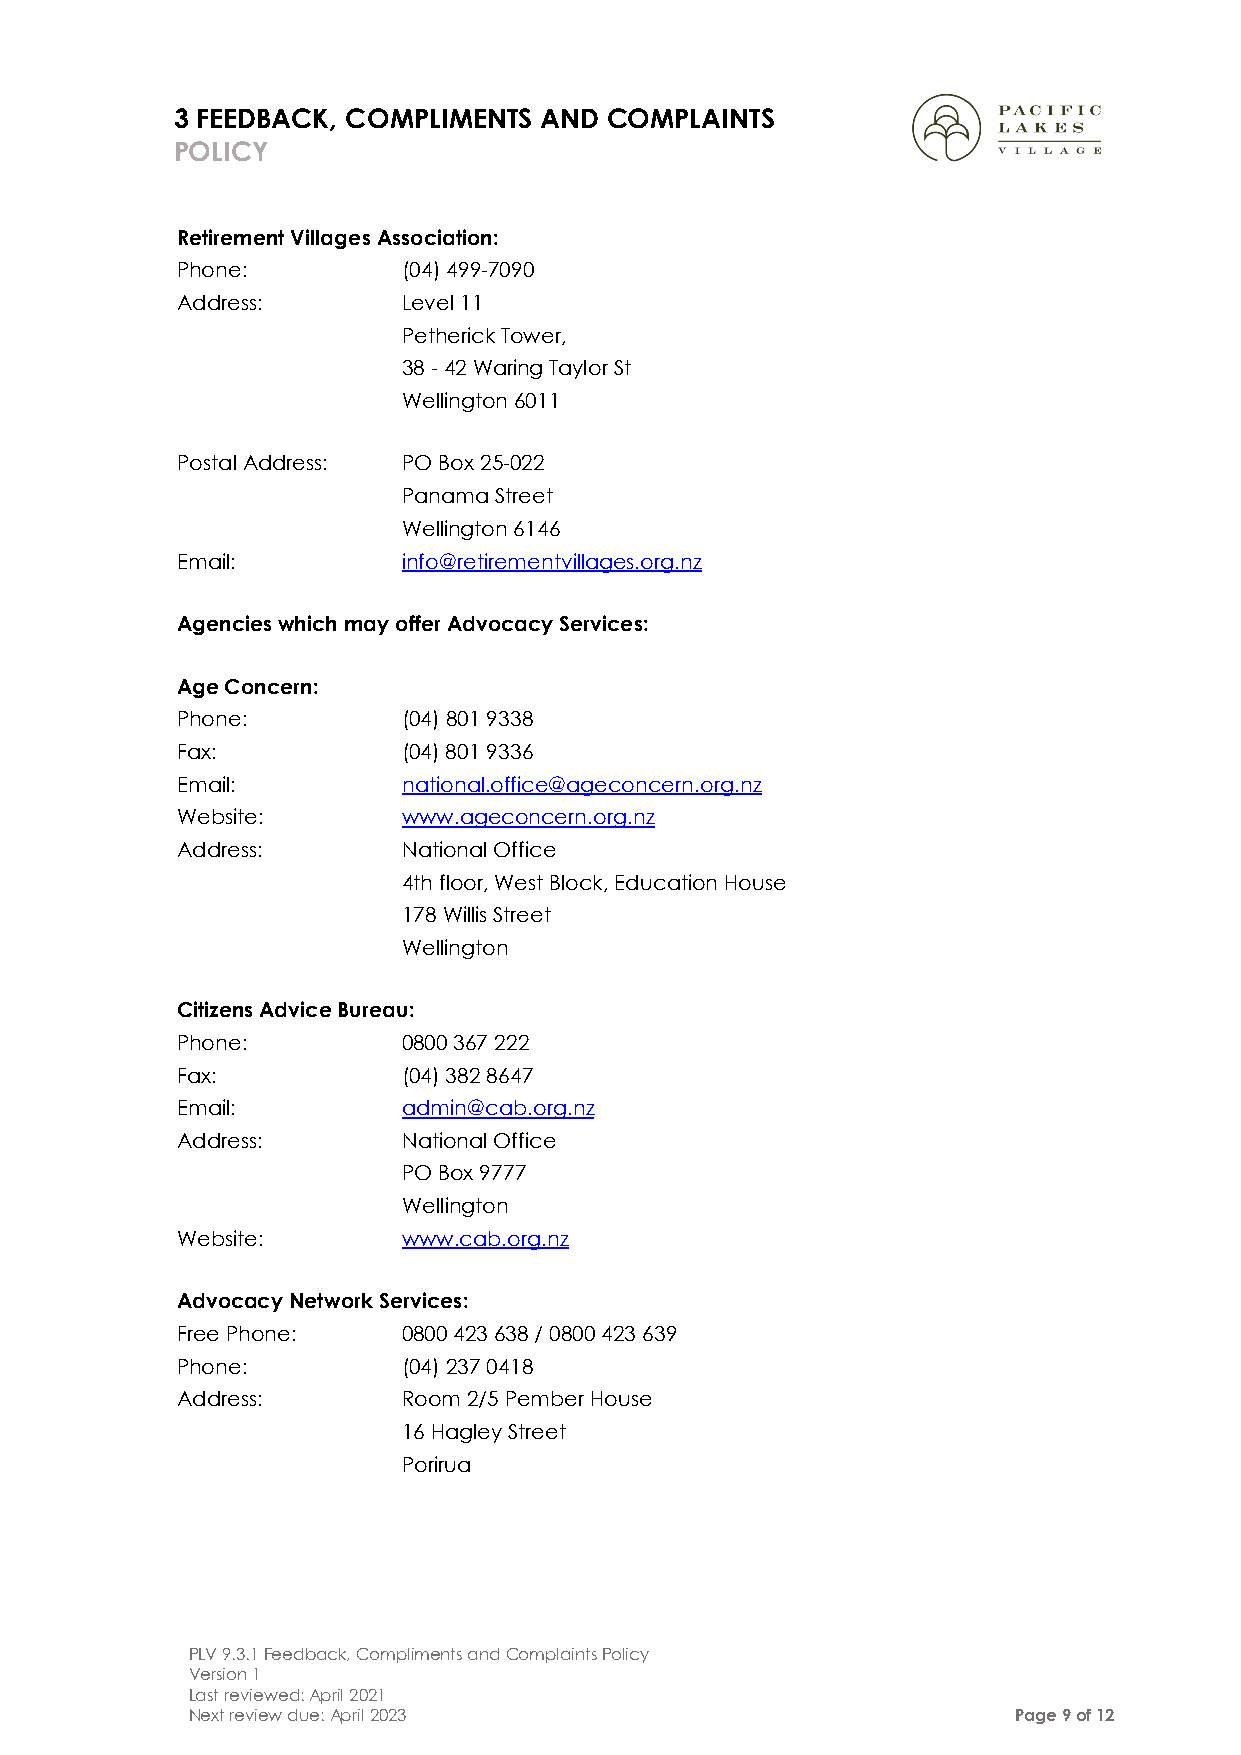
3 FEEDBACK, COMPLIMENTS AND COMPLAINTS
 POLICY
 Retirement Villages Association:
 Phone:         (04) 499-7090
 Address:       Level 11
 Petherick Tower,
 38 - 42 Waring Taylor St
 Wellington 6011
 Postal Address: PO Box 25-022
 Panama Street
 Wellington 6146
 Email:         info@retirementvillages.org.nz
 Agencies which may offer Advocacy Services:
 Age Concern:
 Phone:         (04) 801 9338
 Fax:           (04) 801 9336
 Email:         national.office@ageconcern.org.nz
 Website:       www.ageconcern.org.nz
 Address:       National Office
 4th floor, West Block, Education House
 178 Willis Street
 Wellington
 Citizens Advice Bureau:
 Phone:         0800 367 222
 Fax:           (04) 382 8647
 Email:         admin@cab.org.nz
 Address:       National Office
 PO Box 9777
 Wellington
 Website:       www.cab.org.nz
 Advocacy Network Services:
 Free Phone:    0800 423 638 / 0800 423 639
 Phone:         (04) 237 0418
 Address:       Room 2/5 Pember House
 16 Hagley Street
 Porirua
 PLV 9.3.1 Feedback, Compliments and Complaints Policy
 Version 1
 Last reviewed: April 2021
 Next review due: April 2023                            Page 9 of 12